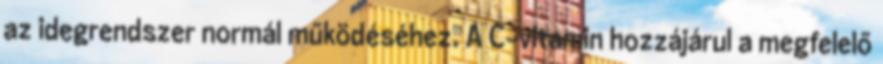
az idegrendszer normál működéséhez. A C-vitamin hozzájárul a megfelelő